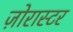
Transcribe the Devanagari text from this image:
ज़ोरास्टर